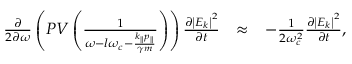
\begin{array} { r l r } { \frac { \partial } { 2 \partial \omega } \left( P V \left( \frac { 1 } { \omega - l \omega _ { c } - \frac { k _ { \parallel } p _ { \parallel } } { \gamma m } } \right) \right) \frac { \partial \left| E _ { k } \right| ^ { 2 } } { \partial t } } & { \approx } & { - \frac { 1 } { 2 \omega _ { c } ^ { 2 } } \frac { \partial \left| E _ { k } \right| ^ { 2 } } { \partial t } , } \end{array}